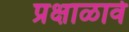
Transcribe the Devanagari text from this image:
प्रक्षाळावे